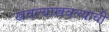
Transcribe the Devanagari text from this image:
खवल्याखवल्याची